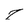
Character: T